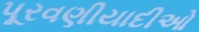
પૂરવણીયાદીઓ